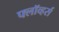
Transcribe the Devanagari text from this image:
फ्लॉव्हर्स